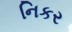
નિકર